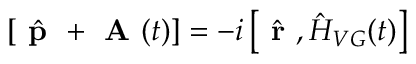
\left[ \hat { \textbf { p } } + \textbf { A } ( t ) \right] = - i \left[ \hat { \textbf { r } } , \hat { H } _ { V G } ( t ) \right]